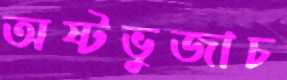
অষ্টভুজাচ